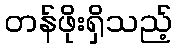
တန်ဖိုးရှိသည့်